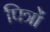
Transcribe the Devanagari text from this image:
पित्रों